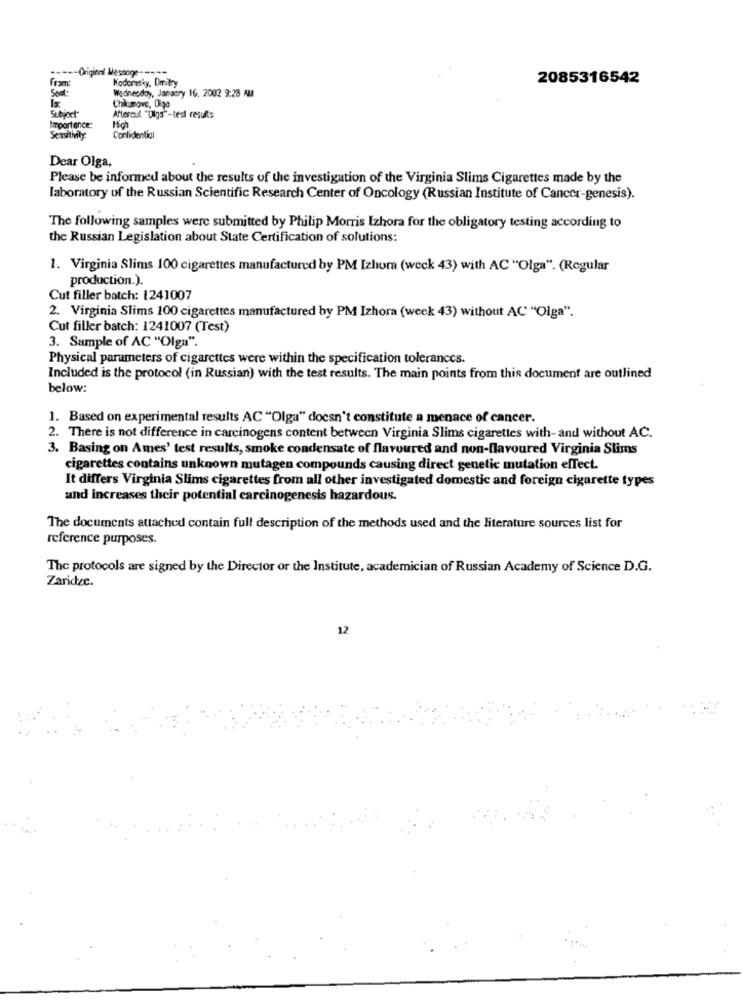
--
Original Message -----
Nodornsky, Dmitry
2085316542
Sent:
Wednesday, Janaory 16, 2002 9:28 AM
Subject"
Chikungve, Olga
Aftercul "Dlgs"-test results
Importance:
Hich
Semitmily:
Confidential
Dear Olga,
Please be informed about the results of the investigation of the Virginia Slims Cigarettes made by the
laboratory of the Russian Scientific Research Center of Oncology (Russian Institute of Cancer-genesis).
The following samples were submitted by Philip Morris Izhora for the obligatory testing according to
the Russian Legislation about State Certification of solutions:
1. Virginia Slims 100 cigarettes manufactured by PM Izhora (weck 43) with AC "Olga". (Regular
production.).
Cut filler batch: 1241007
2. Virginia Slims 100 cigarettes manufactured by PM Izhora (week 43) without AC "Olga".
Cut filler batch: 1241007 (Test)
3. Sample of AC "Olga".
Physical parameters of cigarettes were within the specification tolerances.
Included is the protocol (in Russian) with the test results. The main points from this document are outlined
below:
1. Based on experimental results AC "Olga" doesn't constitute a menace of cancer.
2. There is not difference in carcinogens content between Virginia Slims cigarettes with-and without AC.
3. Basing on Ames' test results, smoke condensate of flavoured and non-flavoured Virginia Slims
cigarettes contains unknown mutagen compounds causing direct genetic mutation effect.
It differs Virginia Slims cigarettes from all other investigated domestic and foreign cigarette types
and increases their potential carcinogenesis hazardous.
The documents attached contain full description of the methods used and the literature sources list for
reference purposes.
The protocols are signed by the Director or the Institute, academician of Russian Academy of Science D.G.
Zardze.
12